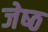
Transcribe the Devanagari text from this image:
जेष्‍ठ